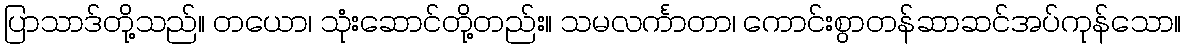
ပြာသာဒ်တို့သည်။ တယော၊ သုံးဆောင်တို့တည်း။ သမလင်္ကာတာ၊ ကောင်းစွာတန်ဆာဆင်အပ်ကုန်သော။